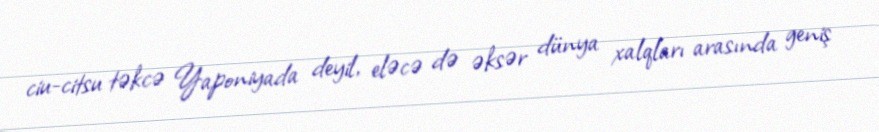
ciu-citsu təkcə Yaponiyada deyil, eləcə də əksər dünya xalqları arasında geniş